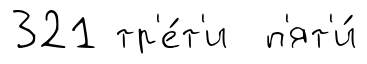
321 тр'е́т'и п'ят'и́